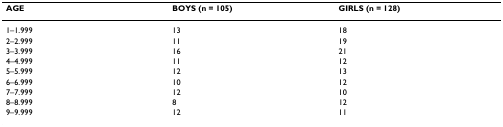
| AGE | BOYS (n = 105) | GIRLS (n = 128) |
 | --- | --- | --- |
 | 1–1.999 | 13 | 18 |
 | 2–2.999 | 11 | 19 |
 | 3–3.999 | 16 | 21 |
 | 4–4.999 | 11 | 12 |
 | 5–5.999 | 12 | 13 |
 | 6–6.999 | 10 | 12 |
 | 7–7.999 | 12 | 10 |
 | 8–8.999 | 8 | 12 |
 | 9–9.999 | 12 | 11 |